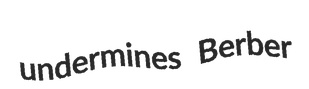
undermines Berber